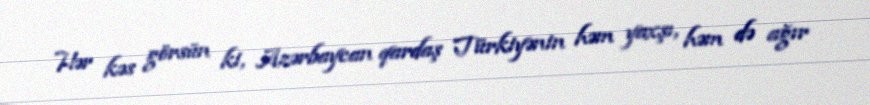
Hər kəs görsün ki, Azərbaycan qardaş Türkiyənin həm yaxşı, həm də ağır